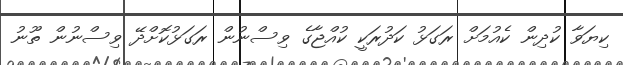
ކިޔަވާ ކުދިން ކެއުމަށް ރަގަޅު ކަދުރަކީ ކުއްޖާގެ ވިސްނުން ރަގަޅުކޮށްދޭ ވިސްނުން ތޫނު